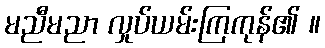
မညီမညာ လှုပ်ယမ်းကြကုန်၏ ။